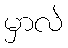
မှာလဲ